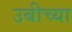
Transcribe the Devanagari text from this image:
उबीच्या